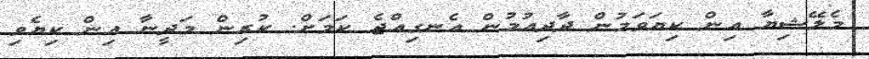
މެލޭޝިޔާ އިން ކިޔަވަމުން ދާދިއުމުން އެނގިއްޖެ ކަމަށް. ކުރިން މަދީނާ އިން ކިޔެވި